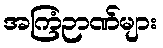
အကြံဉာဏ်များ